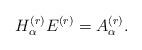
LaTeX: \begin{align*}H_{\alpha}^{(r)} E^{(r)} = A_{\alpha}^{(r)}.\end{align*}